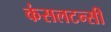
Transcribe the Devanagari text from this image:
कंसलटन्सी